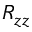
R _ { z z }